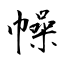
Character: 幧